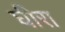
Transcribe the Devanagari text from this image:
घीरा